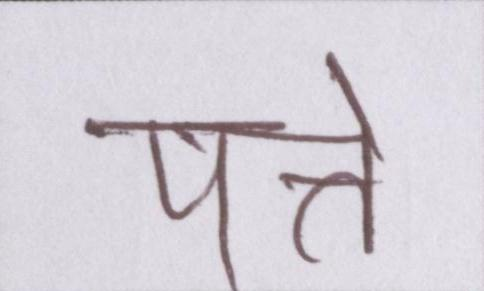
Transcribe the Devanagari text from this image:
पत्ते